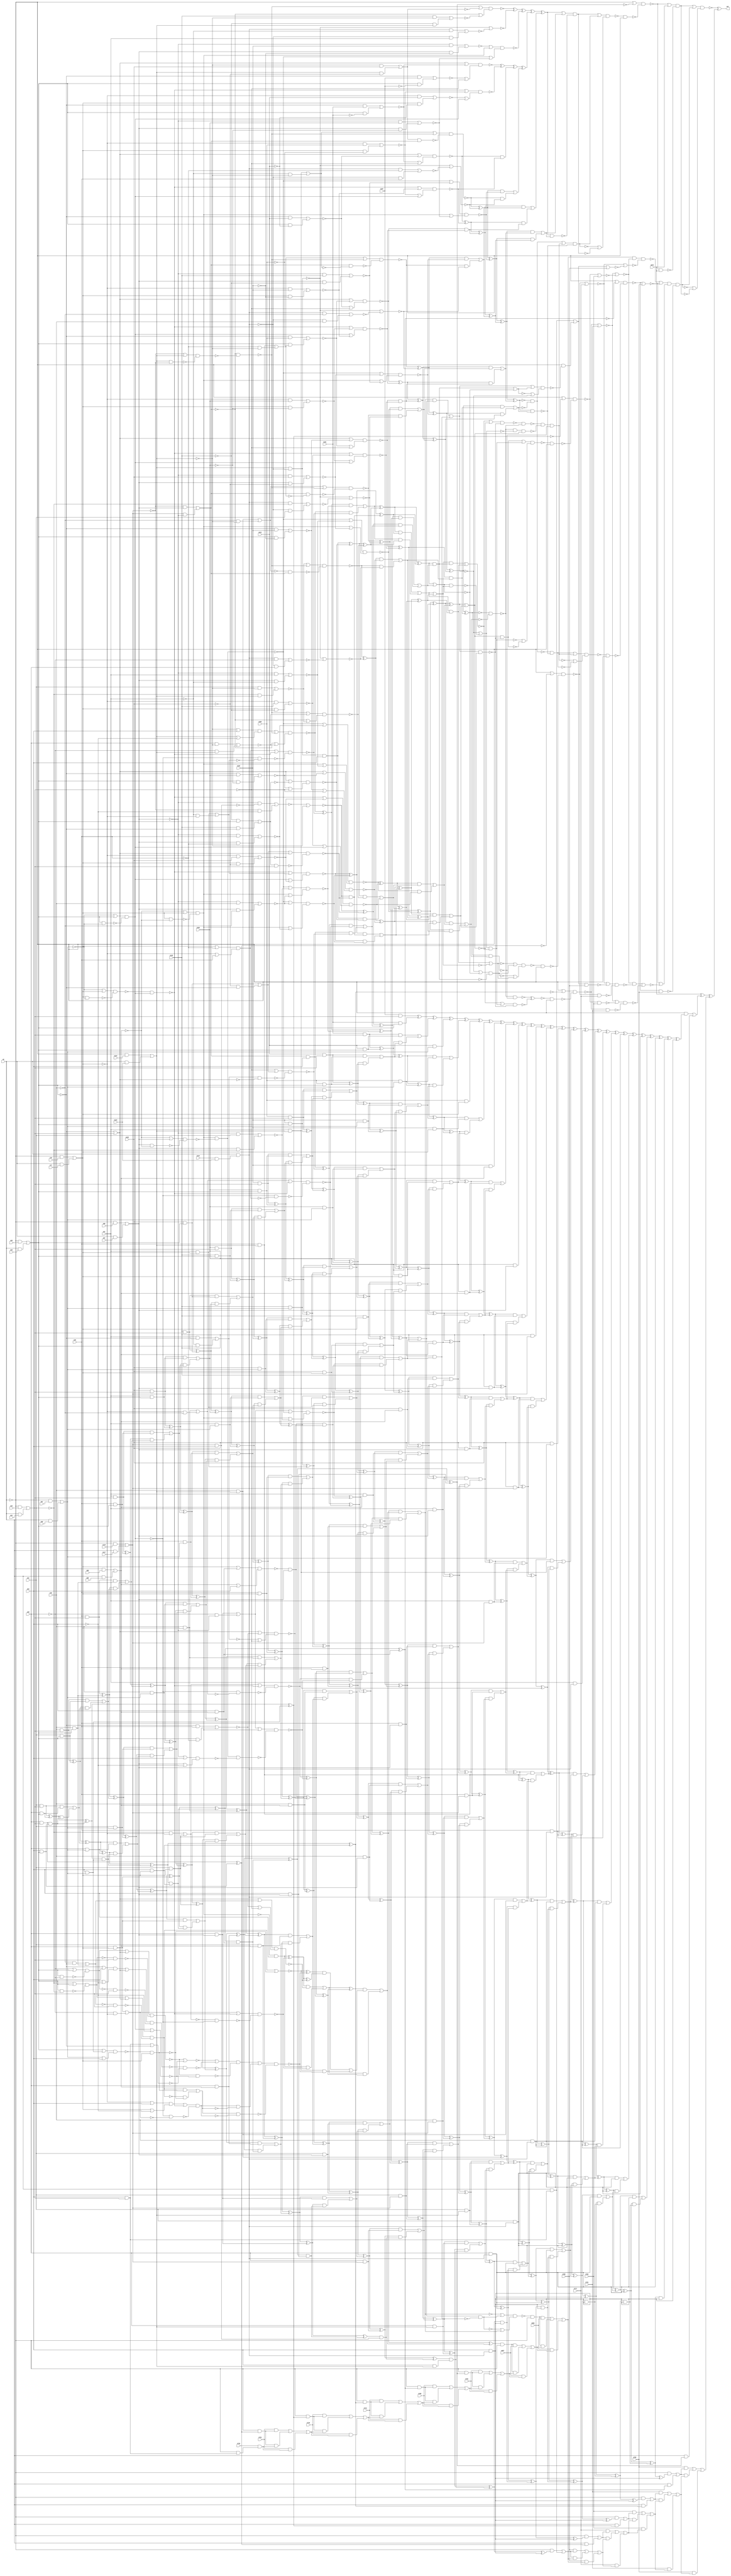
module top (out,n9,n21,n23,n24,n26,n28,n29,n34,n41
        ,n48,n54,n57,n58,n76,n77,n89,n90,n96,n97
        ,n116,n117,n123,n124,n129,n135,n144,n153,n168,n181
        ,n187,n206,n212,n672,n690,n697,n701,n706,n712,n718
        ,n724,n729,n751,n762,n777,n788,n799);
output out;
input n9;
input n21;
input n23;
input n24;
input n26;
input n28;
input n29;
input n34;
input n41;
input n48;
input n54;
input n57;
input n58;
input n76;
input n77;
input n89;
input n90;
input n96;
input n97;
input n116;
input n117;
input n123;
input n124;
input n129;
input n135;
input n144;
input n153;
input n168;
input n181;
input n187;
input n206;
input n212;
input n672;
input n690;
input n697;
input n701;
input n706;
input n712;
input n718;
input n724;
input n729;
input n751;
input n762;
input n777;
input n788;
input n799;
wire n0;
wire n1;
wire n2;
wire n3;
wire n4;
wire n5;
wire n6;
wire n7;
wire n8;
wire n10;
wire n11;
wire n12;
wire n13;
wire n14;
wire n15;
wire n16;
wire n17;
wire n18;
wire n19;
wire n20;
wire n22;
wire n25;
wire n27;
wire n30;
wire n31;
wire n32;
wire n33;
wire n35;
wire n36;
wire n37;
wire n38;
wire n39;
wire n40;
wire n42;
wire n43;
wire n44;
wire n45;
wire n46;
wire n47;
wire n49;
wire n50;
wire n51;
wire n52;
wire n53;
wire n55;
wire n56;
wire n59;
wire n60;
wire n61;
wire n62;
wire n63;
wire n64;
wire n65;
wire n66;
wire n67;
wire n68;
wire n69;
wire n70;
wire n71;
wire n72;
wire n73;
wire n74;
wire n75;
wire n78;
wire n79;
wire n80;
wire n81;
wire n82;
wire n83;
wire n84;
wire n85;
wire n86;
wire n87;
wire n88;
wire n91;
wire n92;
wire n93;
wire n94;
wire n95;
wire n98;
wire n99;
wire n100;
wire n101;
wire n102;
wire n103;
wire n104;
wire n105;
wire n106;
wire n107;
wire n108;
wire n109;
wire n110;
wire n111;
wire n112;
wire n113;
wire n114;
wire n115;
wire n118;
wire n119;
wire n120;
wire n121;
wire n122;
wire n125;
wire n126;
wire n127;
wire n128;
wire n130;
wire n131;
wire n132;
wire n133;
wire n134;
wire n136;
wire n137;
wire n138;
wire n139;
wire n140;
wire n141;
wire n143;
wire n145;
wire n146;
wire n147;
wire n148;
wire n149;
wire n150;
wire n151;
wire n152;
wire n154;
wire n155;
wire n156;
wire n157;
wire n158;
wire n159;
wire n160;
wire n161;
wire n162;
wire n163;
wire n164;
wire n165;
wire n166;
wire n167;
wire n169;
wire n170;
wire n171;
wire n172;
wire n173;
wire n174;
wire n175;
wire n176;
wire n177;
wire n178;
wire n179;
wire n180;
wire n182;
wire n183;
wire n184;
wire n185;
wire n186;
wire n188;
wire n189;
wire n190;
wire n191;
wire n192;
wire n193;
wire n194;
wire n195;
wire n196;
wire n197;
wire n198;
wire n199;
wire n200;
wire n201;
wire n202;
wire n203;
wire n204;
wire n205;
wire n207;
wire n208;
wire n209;
wire n210;
wire n211;
wire n213;
wire n214;
wire n215;
wire n216;
wire n217;
wire n218;
wire n219;
wire n220;
wire n221;
wire n222;
wire n223;
wire n224;
wire n225;
wire n226;
wire n227;
wire n228;
wire n229;
wire n230;
wire n231;
wire n232;
wire n233;
wire n234;
wire n235;
wire n236;
wire n237;
wire n238;
wire n239;
wire n240;
wire n241;
wire n242;
wire n243;
wire n244;
wire n245;
wire n246;
wire n247;
wire n248;
wire n249;
wire n250;
wire n251;
wire n252;
wire n253;
wire n254;
wire n255;
wire n256;
wire n257;
wire n258;
wire n259;
wire n260;
wire n261;
wire n262;
wire n263;
wire n264;
wire n265;
wire n266;
wire n267;
wire n268;
wire n269;
wire n270;
wire n271;
wire n272;
wire n273;
wire n274;
wire n275;
wire n276;
wire n277;
wire n278;
wire n279;
wire n280;
wire n281;
wire n282;
wire n283;
wire n284;
wire n285;
wire n286;
wire n287;
wire n288;
wire n289;
wire n290;
wire n291;
wire n292;
wire n293;
wire n294;
wire n295;
wire n296;
wire n297;
wire n298;
wire n299;
wire n300;
wire n301;
wire n302;
wire n303;
wire n304;
wire n305;
wire n306;
wire n307;
wire n308;
wire n309;
wire n310;
wire n311;
wire n312;
wire n313;
wire n314;
wire n315;
wire n316;
wire n317;
wire n318;
wire n319;
wire n320;
wire n321;
wire n322;
wire n323;
wire n324;
wire n325;
wire n326;
wire n327;
wire n328;
wire n329;
wire n330;
wire n331;
wire n332;
wire n333;
wire n334;
wire n335;
wire n336;
wire n337;
wire n338;
wire n339;
wire n340;
wire n341;
wire n342;
wire n343;
wire n344;
wire n345;
wire n346;
wire n347;
wire n348;
wire n349;
wire n350;
wire n351;
wire n352;
wire n353;
wire n354;
wire n355;
wire n356;
wire n357;
wire n358;
wire n359;
wire n360;
wire n361;
wire n362;
wire n363;
wire n364;
wire n365;
wire n366;
wire n367;
wire n368;
wire n369;
wire n370;
wire n371;
wire n372;
wire n373;
wire n374;
wire n375;
wire n376;
wire n377;
wire n378;
wire n379;
wire n380;
wire n381;
wire n382;
wire n383;
wire n384;
wire n385;
wire n386;
wire n387;
wire n388;
wire n389;
wire n390;
wire n391;
wire n392;
wire n393;
wire n394;
wire n395;
wire n396;
wire n397;
wire n398;
wire n399;
wire n400;
wire n401;
wire n402;
wire n403;
wire n404;
wire n405;
wire n406;
wire n407;
wire n408;
wire n409;
wire n410;
wire n411;
wire n412;
wire n413;
wire n414;
wire n415;
wire n416;
wire n417;
wire n418;
wire n419;
wire n420;
wire n421;
wire n422;
wire n423;
wire n424;
wire n425;
wire n426;
wire n427;
wire n428;
wire n429;
wire n430;
wire n431;
wire n432;
wire n433;
wire n434;
wire n435;
wire n436;
wire n437;
wire n438;
wire n439;
wire n440;
wire n441;
wire n442;
wire n443;
wire n444;
wire n445;
wire n446;
wire n447;
wire n448;
wire n449;
wire n450;
wire n451;
wire n452;
wire n453;
wire n454;
wire n455;
wire n456;
wire n457;
wire n458;
wire n459;
wire n460;
wire n461;
wire n462;
wire n463;
wire n464;
wire n465;
wire n466;
wire n467;
wire n468;
wire n469;
wire n470;
wire n471;
wire n472;
wire n473;
wire n474;
wire n475;
wire n476;
wire n477;
wire n478;
wire n479;
wire n480;
wire n481;
wire n482;
wire n483;
wire n484;
wire n485;
wire n486;
wire n487;
wire n488;
wire n489;
wire n490;
wire n491;
wire n492;
wire n493;
wire n494;
wire n495;
wire n496;
wire n497;
wire n498;
wire n499;
wire n500;
wire n501;
wire n502;
wire n503;
wire n504;
wire n505;
wire n506;
wire n507;
wire n508;
wire n509;
wire n510;
wire n511;
wire n512;
wire n513;
wire n514;
wire n515;
wire n516;
wire n517;
wire n518;
wire n519;
wire n520;
wire n521;
wire n522;
wire n523;
wire n524;
wire n525;
wire n526;
wire n527;
wire n528;
wire n529;
wire n530;
wire n531;
wire n532;
wire n533;
wire n534;
wire n535;
wire n536;
wire n537;
wire n538;
wire n539;
wire n540;
wire n541;
wire n542;
wire n543;
wire n544;
wire n545;
wire n546;
wire n547;
wire n548;
wire n549;
wire n550;
wire n551;
wire n552;
wire n553;
wire n554;
wire n555;
wire n556;
wire n557;
wire n558;
wire n559;
wire n560;
wire n561;
wire n562;
wire n563;
wire n564;
wire n565;
wire n566;
wire n567;
wire n568;
wire n569;
wire n570;
wire n571;
wire n572;
wire n573;
wire n574;
wire n575;
wire n576;
wire n577;
wire n578;
wire n579;
wire n580;
wire n581;
wire n582;
wire n583;
wire n584;
wire n585;
wire n586;
wire n587;
wire n588;
wire n589;
wire n590;
wire n591;
wire n592;
wire n593;
wire n594;
wire n595;
wire n596;
wire n597;
wire n598;
wire n599;
wire n600;
wire n601;
wire n602;
wire n603;
wire n604;
wire n605;
wire n606;
wire n607;
wire n608;
wire n609;
wire n610;
wire n611;
wire n612;
wire n613;
wire n614;
wire n615;
wire n616;
wire n617;
wire n618;
wire n619;
wire n620;
wire n621;
wire n622;
wire n623;
wire n624;
wire n625;
wire n626;
wire n627;
wire n628;
wire n629;
wire n630;
wire n631;
wire n632;
wire n633;
wire n634;
wire n635;
wire n636;
wire n637;
wire n638;
wire n639;
wire n640;
wire n641;
wire n642;
wire n643;
wire n644;
wire n645;
wire n646;
wire n647;
wire n648;
wire n649;
wire n650;
wire n651;
wire n652;
wire n653;
wire n654;
wire n655;
wire n656;
wire n657;
wire n658;
wire n659;
wire n660;
wire n661;
wire n662;
wire n663;
wire n664;
wire n665;
wire n666;
wire n667;
wire n668;
wire n669;
wire n670;
wire n671;
wire n673;
wire n674;
wire n675;
wire n676;
wire n677;
wire n678;
wire n679;
wire n680;
wire n681;
wire n682;
wire n683;
wire n684;
wire n685;
wire n686;
wire n687;
wire n688;
wire n689;
wire n691;
wire n692;
wire n693;
wire n694;
wire n695;
wire n696;
wire n698;
wire n699;
wire n700;
wire n702;
wire n703;
wire n704;
wire n705;
wire n707;
wire n708;
wire n709;
wire n710;
wire n711;
wire n713;
wire n714;
wire n715;
wire n716;
wire n717;
wire n719;
wire n720;
wire n721;
wire n722;
wire n723;
wire n725;
wire n726;
wire n727;
wire n728;
wire n730;
wire n731;
wire n732;
wire n733;
wire n734;
wire n735;
wire n736;
wire n737;
wire n738;
wire n739;
wire n740;
wire n741;
wire n742;
wire n743;
wire n744;
wire n745;
wire n746;
wire n747;
wire n748;
wire n749;
wire n750;
wire n752;
wire n753;
wire n754;
wire n755;
wire n756;
wire n757;
wire n758;
wire n759;
wire n760;
wire n761;
wire n763;
wire n764;
wire n765;
wire n766;
wire n767;
wire n768;
wire n769;
wire n770;
wire n771;
wire n772;
wire n773;
wire n774;
wire n775;
wire n776;
wire n778;
wire n779;
wire n780;
wire n781;
wire n782;
wire n783;
wire n784;
wire n785;
wire n786;
wire n787;
wire n789;
wire n790;
wire n791;
wire n792;
wire n793;
wire n794;
wire n795;
wire n796;
wire n797;
wire n798;
wire n800;
wire n801;
wire n802;
wire n803;
wire n804;
wire n805;
wire n806;
wire n807;
wire n808;
wire n809;
wire n810;
wire n811;
wire n812;
wire n813;
wire n814;
wire n815;
wire n816;
wire n817;
wire n818;
wire n819;
wire n820;
wire n821;
wire n822;
wire n823;
wire n824;
wire n825;
wire n826;
wire n827;
wire n828;
wire n829;
wire n830;
wire n831;
wire n832;
wire n833;
wire n834;
wire n835;
wire n836;
wire n837;
wire n838;
wire n839;
wire n840;
wire n841;
wire n842;
wire n843;
wire n844;
wire n845;
wire n846;
wire n847;
wire n848;
wire n849;
wire n850;
wire n851;
wire n852;
wire n853;
wire n854;
wire n855;
wire n856;
wire n857;
wire n858;
wire n859;
wire n860;
wire n861;
wire n862;
wire n863;
wire n864;
wire n865;
wire n866;
wire n867;
wire n868;
wire n869;
wire n870;
wire n871;
wire n872;
wire n873;
wire n874;
wire n875;
wire n876;
wire n877;
wire n878;
wire n879;
wire n880;
wire n881;
wire n882;
wire n883;
wire n884;
wire n885;
wire n886;
wire n887;
wire n888;
wire n889;
wire n890;
wire n891;
wire n892;
wire n893;
wire n894;
wire n895;
wire n896;
wire n897;
wire n898;
wire n899;
wire n900;
wire n901;
wire n902;
wire n903;
wire n904;
wire n905;
wire n906;
wire n907;
wire n908;
wire n909;
wire n910;
wire n911;
wire n912;
wire n913;
wire n914;
wire n915;
wire n916;
wire n917;
wire n918;
wire n919;
wire n920;
wire n921;
wire n922;
wire n923;
wire n924;
wire n925;
wire n926;
wire n927;
wire n928;
wire n929;
wire n930;
wire n931;
wire n932;
wire n933;
wire n934;
wire n935;
wire n936;
wire n937;
wire n938;
wire n939;
wire n940;
wire n941;
wire n942;
wire n943;
wire n944;
wire n945;
wire n946;
wire n947;
wire n948;
wire n949;
wire n950;
wire n951;
wire n952;
wire n953;
wire n954;
wire n955;
wire n956;
wire n957;
wire n958;
wire n959;
wire n960;
wire n961;
wire n962;
wire n963;
wire n964;
wire n965;
wire n966;
wire n967;
wire n968;
wire n969;
wire n970;
wire n971;
wire n972;
wire n973;
wire n974;
wire n975;
wire n976;
wire n977;
wire n978;
wire n979;
wire n980;
wire n981;
wire n982;
wire n983;
wire n984;
wire n985;
wire n986;
wire n987;
wire n988;
wire n989;
wire n990;
wire n991;
wire n992;
wire n993;
wire n994;
wire n995;
wire n996;
wire n997;
wire n998;
wire n999;
wire n1000;
wire n1001;
wire n1002;
wire n1003;
wire n1004;
wire n1005;
wire n1006;
wire n1007;
wire n1008;
wire n1009;
wire n1010;
wire n1011;
wire n1012;
wire n1013;
wire n1014;
wire n1015;
wire n1016;
wire n1017;
wire n1018;
wire n1019;
wire n1020;
wire n1021;
wire n1022;
wire n1023;
wire n1024;
wire n1025;
wire n1026;
wire n1027;
wire n1028;
wire n1029;
wire n1030;
wire n1031;
wire n1032;
wire n1033;
wire n1034;
wire n1035;
wire n1036;
wire n1037;
wire n1038;
wire n1039;
wire n1040;
wire n1041;
wire n1042;
wire n1043;
wire n1044;
wire n1045;
wire n1046;
wire n1047;
wire n1048;
wire n1049;
wire n1050;
wire n1051;
wire n1052;
wire n1053;
wire n1054;
wire n1055;
wire n1056;
wire n1057;
wire n1058;
wire n1059;
wire n1060;
wire n1061;
wire n1062;
wire n1063;
wire n1064;
wire n1065;
wire n1066;
wire n1067;
wire n1068;
wire n1069;
wire n1070;
wire n1071;
wire n1072;
wire n1073;
wire n1074;
wire n1075;
wire n1076;
wire n1077;
wire n1078;
wire n1079;
wire n1080;
wire n1081;
wire n1082;
wire n1083;
wire n1084;
wire n1085;
wire n1086;
wire n1087;
wire n1088;
wire n1089;
wire n1090;
wire n1091;
wire n1092;
wire n1093;
wire n1094;
wire n1095;
wire n1096;
wire n1097;
wire n1098;
wire n1099;
wire n1100;
wire n1101;
wire n1102;
wire n1103;
wire n1104;
wire n1105;
wire n1106;
wire n1107;
wire n1108;
wire n1109;
wire n1110;
wire n1111;
wire n1112;
wire n1113;
wire n1114;
wire n1115;
wire n1116;
wire n1117;
wire n1118;
wire n1119;
wire n1120;
wire n1121;
wire n1122;
wire n1123;
wire n1124;
wire n1125;
wire n1126;
wire n1127;
wire n1128;
wire n1129;
wire n1130;
wire n1131;
wire n1132;
wire n1133;
wire n1134;
wire n1135;
wire n1136;
wire n1137;
wire n1138;
wire n1139;
wire n1140;
wire n1141;
wire n1142;
wire n1143;
wire n1144;
wire n1145;
wire n1146;
wire n1147;
wire n1148;
wire n1149;
wire n1150;
wire n1151;
wire n1152;
wire n1153;
wire n1154;
wire n1155;
wire n1156;
wire n1157;
wire n1158;
wire n1159;
wire n1160;
wire n1161;
wire n1162;
wire n1163;
wire n1164;
wire n1165;
wire n1166;
wire n1167;
wire n1168;
wire n1169;
wire n1170;
wire n1171;
wire n1172;
wire n1173;
wire n1174;
wire n1175;
wire n1176;
wire n1177;
wire n1178;
wire n1179;
wire n1180;
wire n1181;
wire n1182;
wire n1183;
wire n1184;
wire n1185;
wire n1186;
wire n1187;
wire n1188;
wire n1189;
wire n1190;
wire n1191;
wire n1192;
wire n1193;
wire n1194;
wire n1195;
wire n1196;
wire n1197;
wire n1198;
wire n1199;
wire n1200;
wire n1201;
wire n1202;
wire n1203;
wire n1204;
wire n1205;
wire n1206;
wire n1207;
wire n1208;
wire n1209;
wire n1210;
wire n1211;
wire n1212;
wire n1213;
wire n1214;
wire n1215;
wire n1216;
wire n1217;
wire n1218;
wire n1219;
wire n1220;
wire n1221;
wire n1222;
wire n1223;
wire n1224;
wire n1225;
wire n1226;
wire n1227;
wire n1228;
wire n1229;
wire n1230;
wire n1231;
wire n1232;
xor (out,n0,n813);
nand (n0,n1,n812);
or (n1,n2,n674);
not (n2,n3);
nand (n3,n4,n673);
not (n4,n5);
nor (n5,n6,n672);
nand (n6,n7,n98);
or (n7,n8,n10);
not (n8,n9);
not (n10,n11);
xor (n11,n12,n94);
xor (n12,n13,n91);
xor (n13,n14,n87);
xor (n14,n15,n78);
xor (n15,n16,n74);
xor (n16,n17,n59);
xor (n17,n18,n55);
xor (n18,n19,n30);
xor (n19,n20,n25);
and (n20,n21,n22);
wire s0n22,s1n22,notn22;
or (n22,s0n22,s1n22);
not(notn22,n9);
and (s0n22,notn22,n23);
and (s1n22,n9,n24);
and (n25,n26,n27);
wire s0n27,s1n27,notn27;
or (n27,s0n27,s1n27);
not(notn27,n9);
and (s0n27,notn27,n28);
and (s1n27,n9,n29);
or (n30,n31,n35);
and (n31,n32,n33);
and (n32,n26,n22);
and (n33,n34,n27);
and (n35,n36,n37);
xor (n36,n32,n33);
or (n37,n38,n42);
and (n38,n39,n40);
and (n39,n34,n22);
and (n40,n41,n27);
and (n42,n43,n44);
xor (n43,n39,n40);
or (n44,n45,n49);
and (n45,n46,n47);
and (n46,n41,n22);
and (n47,n48,n27);
and (n49,n50,n51);
xor (n50,n46,n47);
and (n51,n52,n53);
and (n52,n48,n22);
and (n53,n54,n27);
and (n55,n34,n56);
wire s0n56,s1n56,notn56;
or (n56,s0n56,s1n56);
not(notn56,n9);
and (s0n56,notn56,n57);
and (s1n56,n9,n58);
or (n59,n60,n63);
and (n60,n61,n62);
xor (n61,n36,n37);
and (n62,n41,n56);
and (n63,n64,n65);
xor (n64,n61,n62);
or (n65,n66,n69);
and (n66,n67,n68);
xor (n67,n43,n44);
and (n68,n48,n56);
and (n69,n70,n71);
xor (n70,n67,n68);
and (n71,n72,n73);
xor (n72,n50,n51);
and (n73,n54,n56);
and (n74,n41,n75);
wire s0n75,s1n75,notn75;
or (n75,s0n75,s1n75);
not(notn75,n9);
and (s0n75,notn75,n76);
and (s1n75,n9,n77);
or (n78,n79,n82);
and (n79,n80,n81);
xor (n80,n64,n65);
and (n81,n48,n75);
and (n82,n83,n84);
xor (n83,n80,n81);
and (n84,n85,n86);
xor (n85,n70,n71);
and (n86,n54,n75);
and (n87,n48,n88);
wire s0n88,s1n88,notn88;
or (n88,s0n88,s1n88);
not(notn88,n9);
and (s0n88,notn88,n89);
and (s1n88,n9,n90);
and (n91,n92,n93);
xor (n92,n83,n84);
and (n93,n54,n88);
and (n94,n54,n95);
wire s0n95,s1n95,notn95;
or (n95,s0n95,s1n95);
not(notn95,n9);
and (s0n95,notn95,n96);
and (s1n95,n9,n97);
nand (n98,n99,n8);
nand (n99,n100,n671);
or (n100,n101,n339);
not (n101,n102);
nand (n102,n103,n338);
not (n103,n104);
nor (n104,n105,n292);
xor (n105,n106,n252);
xor (n106,n107,n171);
xor (n107,n108,n149);
xor (n108,n109,n138);
nand (n109,n110,n132);
or (n110,n111,n126);
nand (n111,n112,n120);
nor (n112,n113,n118);
and (n113,n114,n95);
not (n114,n115);
wire s0n115,s1n115,notn115;
or (n115,s0n115,s1n115);
not(notn115,n9);
and (s0n115,notn115,n116);
and (s1n115,n9,n117);
and (n118,n115,n119);
not (n119,n95);
nand (n120,n121,n125);
or (n121,n114,n122);
wire s0n122,s1n122,notn122;
or (n122,s0n122,s1n122);
not(notn122,n9);
and (s0n122,notn122,n123);
and (s1n122,n9,n124);
nand (n125,n122,n114);
nor (n126,n127,n130);
and (n127,n128,n129);
not (n128,n122);
and (n130,n122,n131);
not (n131,n129);
or (n132,n112,n133);
nor (n133,n134,n136);
and (n134,n135,n128);
and (n136,n137,n122);
not (n137,n135);
nor (n138,n139,n145);
nand (n139,n122,n140);
not (n140,n141);
wire s0n141,s1n141,notn141;
or (n141,s0n141,s1n141);
not(notn141,n9);
and (s0n141,notn141,1'b0);
and (s1n141,n9,n143);
and (n143,n144,n124);
nor (n145,n146,n148);
and (n146,n141,n147);
not (n147,n21);
and (n148,n140,n21);
nand (n149,n150,n161);
or (n150,n151,n156);
nor (n151,n152,n154);
and (n152,n119,n153);
and (n154,n95,n155);
not (n155,n153);
not (n156,n157);
nand (n157,n158,n160);
or (n158,n159,n75);
not (n159,n88);
nand (n160,n75,n159);
or (n161,n162,n166);
nand (n162,n156,n163);
nand (n163,n164,n165);
or (n164,n159,n95);
nand (n165,n95,n159);
nor (n166,n167,n169);
and (n167,n119,n168);
and (n169,n95,n170);
not (n170,n168);
xor (n171,n172,n228);
xor (n172,n173,n215);
xor (n173,n174,n191);
nand (n174,n175,n184);
or (n175,n176,n179);
not (n176,n177);
nor (n177,n178,n22);
not (n178,n27);
nor (n179,n180,n182);
and (n180,n178,n181);
and (n182,n27,n183);
not (n183,n181);
or (n184,n185,n190);
nor (n185,n186,n188);
and (n186,n178,n187);
and (n188,n27,n189);
not (n189,n187);
not (n190,n22);
nand (n191,n192,n209);
or (n192,n193,n203);
not (n193,n194);
and (n194,n195,n199);
nand (n195,n196,n198);
or (n196,n197,n75);
not (n197,n56);
nand (n198,n75,n197);
not (n199,n200);
nand (n200,n201,n202);
or (n201,n197,n27);
nand (n202,n27,n197);
nor (n203,n204,n207);
and (n204,n205,n206);
not (n205,n75);
and (n207,n75,n208);
not (n208,n206);
or (n209,n210,n199);
nor (n210,n211,n213);
and (n211,n205,n212);
and (n213,n75,n214);
not (n214,n212);
and (n215,n216,n222);
nand (n216,n217,n221);
or (n217,n176,n218);
nor (n218,n219,n220);
and (n219,n178,n212);
and (n220,n27,n214);
or (n221,n179,n190);
nand (n222,n223,n227);
or (n223,n193,n224);
nor (n224,n225,n226);
and (n225,n205,n153);
and (n226,n75,n155);
or (n227,n203,n199);
or (n228,n229,n251);
and (n229,n230,n245);
xor (n230,n231,n240);
nand (n231,n232,n237);
or (n232,n233,n111);
not (n233,n234);
nor (n234,n235,n236);
and (n235,n21,n122);
and (n236,n147,n128);
nand (n237,n238,n239);
not (n238,n126);
not (n239,n112);
nor (n240,n139,n241);
nor (n241,n242,n244);
and (n242,n141,n243);
not (n243,n26);
and (n244,n140,n26);
nand (n245,n246,n250);
or (n246,n162,n247);
nor (n247,n248,n249);
and (n248,n119,n135);
and (n249,n95,n137);
or (n250,n156,n166);
and (n251,n231,n240);
or (n252,n253,n291);
and (n253,n254,n269);
xor (n254,n255,n256);
xor (n255,n216,n222);
and (n256,n257,n263);
nand (n257,n258,n262);
or (n258,n176,n259);
nor (n259,n260,n261);
and (n260,n178,n206);
and (n261,n27,n208);
or (n262,n218,n190);
nand (n263,n264,n268);
or (n264,n193,n265);
nor (n265,n266,n267);
and (n266,n205,n168);
and (n267,n75,n170);
or (n268,n199,n224);
or (n269,n270,n290);
and (n270,n271,n284);
xor (n271,n272,n279);
nand (n272,n273,n278);
or (n273,n274,n111);
not (n274,n275);
nor (n275,n276,n277);
and (n276,n26,n122);
and (n277,n243,n128);
nand (n278,n239,n234);
nor (n279,n139,n280);
nor (n280,n281,n283);
and (n281,n141,n282);
not (n282,n34);
and (n283,n140,n34);
nand (n284,n285,n289);
or (n285,n162,n286);
nor (n286,n287,n288);
and (n287,n119,n129);
and (n288,n95,n131);
or (n289,n156,n247);
and (n290,n272,n279);
and (n291,n255,n256);
or (n292,n293,n337);
and (n293,n294,n297);
xor (n294,n295,n296);
xor (n295,n230,n245);
xor (n296,n254,n269);
or (n297,n298,n336);
and (n298,n299,n314);
xor (n299,n300,n301);
xor (n300,n257,n263);
and (n301,n302,n308);
nand (n302,n303,n307);
or (n303,n176,n304);
nor (n304,n305,n306);
and (n305,n178,n153);
and (n306,n27,n155);
or (n307,n259,n190);
nand (n308,n309,n313);
or (n309,n193,n310);
nor (n310,n311,n312);
and (n311,n205,n135);
and (n312,n75,n137);
or (n313,n265,n199);
or (n314,n315,n335);
and (n315,n316,n329);
xor (n316,n317,n324);
nand (n317,n318,n323);
or (n318,n319,n111);
not (n319,n320);
nor (n320,n321,n322);
and (n321,n34,n122);
and (n322,n282,n128);
nand (n323,n239,n275);
nor (n324,n139,n325);
nor (n325,n326,n328);
and (n326,n141,n327);
not (n327,n41);
and (n328,n140,n41);
nand (n329,n330,n334);
or (n330,n162,n331);
nor (n331,n332,n333);
and (n332,n119,n21);
and (n333,n95,n147);
or (n334,n156,n286);
and (n335,n317,n324);
and (n336,n300,n301);
and (n337,n295,n296);
nand (n338,n105,n292);
not (n339,n340);
nand (n340,n341,n670);
or (n341,n342,n376);
not (n342,n343);
nand (n343,n344,n346);
not (n344,n345);
xor (n345,n294,n297);
not (n346,n347);
or (n347,n348,n375);
and (n348,n349,n352);
xor (n349,n350,n351);
xor (n350,n271,n284);
xor (n351,n299,n314);
and (n352,n353,n354);
xor (n353,n302,n308);
or (n354,n355,n374);
and (n355,n356,n368);
xor (n356,n357,n363);
nand (n357,n358,n362);
or (n358,n359,n111);
nor (n359,n360,n361);
and (n360,n41,n128);
and (n361,n327,n122);
nand (n362,n320,n239);
nor (n363,n139,n364);
nor (n364,n365,n367);
and (n365,n141,n366);
not (n366,n48);
and (n367,n140,n48);
nand (n368,n369,n373);
or (n369,n176,n370);
nor (n370,n371,n372);
and (n371,n178,n168);
and (n372,n27,n170);
or (n373,n304,n190);
and (n374,n357,n363);
and (n375,n350,n351);
not (n376,n377);
nand (n377,n378,n530,n669);
nand (n378,n379,n523);
nand (n379,n380,n522);
or (n380,n381,n511);
nor (n381,n382,n510);
and (n382,n383,n482);
not (n383,n384);
nor (n384,n385,n465);
or (n385,n386,n464);
and (n386,n387,n435);
xor (n387,n388,n422);
or (n388,n389,n421);
and (n389,n390,n412);
xor (n390,n391,n402);
nand (n391,n392,n398);
or (n392,n393,n111);
not (n393,n394);
nand (n394,n395,n396);
or (n395,n128,n54);
or (n396,n122,n397);
not (n397,n54);
or (n398,n112,n399);
nor (n399,n400,n401);
and (n400,n48,n128);
and (n401,n366,n122);
nand (n402,n403,n408);
or (n403,n404,n193);
not (n404,n405);
nand (n405,n406,n407);
or (n406,n75,n243);
or (n407,n205,n26);
nand (n408,n200,n409);
nor (n409,n410,n411);
and (n410,n21,n75);
and (n411,n147,n205);
nand (n412,n413,n417);
or (n413,n162,n414);
nor (n414,n415,n416);
and (n415,n119,n41);
and (n416,n95,n327);
or (n417,n156,n418);
nor (n418,n419,n420);
and (n419,n119,n34);
and (n420,n95,n282);
and (n421,n391,n402);
xor (n422,n423,n432);
xor (n423,n424,n426);
and (n424,n425,n54);
not (n425,n139);
nand (n426,n427,n431);
or (n427,n176,n428);
nor (n428,n429,n430);
and (n429,n137,n27);
and (n430,n135,n178);
or (n431,n370,n190);
nand (n432,n433,n434);
or (n433,n111,n399);
or (n434,n112,n359);
xor (n435,n436,n450);
xor (n436,n437,n444);
nand (n437,n438,n440);
or (n438,n193,n439);
not (n439,n409);
or (n440,n199,n441);
nor (n441,n442,n443);
and (n442,n205,n129);
and (n443,n75,n131);
nand (n444,n445,n446);
or (n445,n162,n418);
or (n446,n156,n447);
nor (n447,n448,n449);
and (n448,n119,n26);
and (n449,n95,n243);
and (n450,n451,n456);
nor (n451,n452,n128);
nor (n452,n453,n455);
and (n453,n119,n454);
nand (n454,n115,n54);
and (n455,n114,n397);
nand (n456,n457,n462);
or (n457,n458,n176);
not (n458,n459);
nor (n459,n460,n461);
and (n460,n129,n27);
and (n461,n131,n178);
nand (n462,n463,n22);
not (n463,n428);
and (n464,n388,n422);
xor (n465,n466,n471);
xor (n466,n467,n468);
xor (n467,n356,n368);
or (n468,n469,n470);
and (n469,n436,n450);
and (n470,n437,n444);
xor (n471,n472,n479);
xor (n472,n473,n476);
nand (n473,n474,n475);
or (n474,n162,n447);
or (n475,n156,n331);
nand (n476,n477,n478);
or (n477,n193,n441);
or (n478,n310,n199);
or (n479,n480,n481);
and (n480,n423,n432);
and (n481,n424,n426);
not (n482,n483);
nand (n483,n484,n485);
xor (n484,n387,n435);
or (n485,n486,n509);
and (n486,n487,n508);
xor (n487,n488,n489);
xor (n488,n451,n456);
or (n489,n490,n507);
and (n490,n491,n500);
xor (n491,n492,n493);
and (n492,n239,n54);
nand (n493,n494,n495);
or (n494,n190,n458);
nand (n495,n496,n177);
not (n496,n497);
nor (n497,n498,n499);
and (n498,n21,n178);
and (n499,n147,n27);
nand (n500,n501,n506);
or (n501,n502,n193);
not (n502,n503);
nor (n503,n504,n505);
and (n504,n34,n75);
and (n505,n205,n282);
nand (n506,n200,n405);
and (n507,n492,n493);
xor (n508,n390,n412);
and (n509,n488,n489);
and (n510,n385,n465);
nor (n511,n512,n519);
xor (n512,n513,n516);
xor (n513,n514,n515);
xor (n514,n316,n329);
xor (n515,n353,n354);
or (n516,n517,n518);
and (n517,n472,n479);
and (n518,n473,n476);
or (n519,n520,n521);
and (n520,n466,n471);
and (n521,n467,n468);
nand (n522,n512,n519);
nand (n523,n524,n526);
not (n524,n525);
xor (n525,n349,n352);
not (n526,n527);
or (n527,n528,n529);
and (n528,n513,n516);
and (n529,n514,n515);
nand (n530,n523,n531,n668);
nor (n531,n532,n665);
nor (n532,n533,n663);
and (n533,n534,n658);
or (n534,n535,n657);
and (n535,n536,n576);
xor (n536,n537,n569);
or (n537,n538,n568);
and (n538,n539,n557);
xor (n539,n540,n546);
nand (n540,n541,n545);
or (n541,n542,n193);
not (n542,n543);
nor (n543,n544,n74);
and (n544,n327,n205);
nand (n545,n200,n503);
nand (n546,n547,n552);
or (n547,n548,n156);
not (n548,n549);
nor (n549,n550,n551);
and (n550,n48,n95);
and (n551,n366,n119);
nand (n552,n553,n554);
not (n553,n162);
nand (n554,n555,n556);
or (n555,n119,n54);
or (n556,n95,n397);
xor (n557,n558,n562);
and (n558,n559,n95);
nand (n559,n560,n561);
or (n560,n75,n93);
or (n561,n88,n54);
nand (n562,n563,n567);
or (n563,n176,n564);
nor (n564,n565,n566);
and (n565,n178,n26);
and (n566,n27,n243);
or (n567,n497,n190);
and (n568,n540,n546);
xor (n569,n570,n575);
xor (n570,n571,n574);
nand (n571,n572,n573);
or (n572,n548,n162);
or (n573,n156,n414);
and (n574,n558,n562);
xor (n575,n491,n500);
or (n576,n577,n656);
and (n577,n578,n597);
xor (n578,n579,n596);
or (n579,n580,n595);
and (n580,n581,n589);
xor (n581,n582,n583);
and (n582,n157,n54);
nand (n583,n584,n588);
or (n584,n585,n193);
not (n585,n586);
nor (n586,n81,n587);
and (n587,n366,n205);
nand (n588,n543,n200);
nand (n589,n590,n594);
or (n590,n176,n591);
not (n591,n592);
nor (n592,n593,n33);
and (n593,n282,n178);
or (n594,n564,n190);
and (n595,n582,n583);
xor (n596,n539,n557);
or (n597,n598,n655);
and (n598,n599,n654);
xor (n599,n600,n613);
nor (n600,n601,n609);
not (n601,n602);
nand (n602,n603,n608);
or (n603,n604,n176);
not (n604,n605);
nand (n605,n606,n607);
or (n606,n327,n27);
nand (n607,n27,n327);
nand (n608,n592,n22);
nand (n609,n610,n75);
nand (n610,n611,n612);
or (n611,n27,n73);
or (n612,n56,n54);
nand (n613,n614,n652);
or (n614,n615,n638);
not (n615,n616);
nand (n616,n617,n637);
or (n617,n618,n627);
nor (n618,n619,n626);
nand (n619,n620,n625);
or (n620,n621,n176);
not (n621,n622);
nand (n622,n623,n624);
or (n623,n366,n27);
nand (n624,n27,n366);
nand (n625,n605,n22);
nor (n626,n199,n397);
nand (n627,n628,n635);
nand (n628,n629,n634);
or (n629,n630,n176);
not (n630,n631);
nand (n631,n632,n633);
or (n632,n178,n54);
or (n633,n27,n397);
nand (n634,n622,n22);
nor (n635,n636,n178);
and (n636,n54,n22);
nand (n637,n619,n626);
not (n638,n639);
nand (n639,n640,n648);
not (n640,n641);
nand (n641,n642,n647);
or (n642,n643,n193);
not (n643,n644);
nand (n644,n645,n646);
or (n645,n205,n54);
or (n646,n75,n397);
nand (n647,n200,n586);
nor (n648,n649,n651);
and (n649,n601,n650);
not (n650,n609);
and (n651,n602,n609);
nand (n652,n653,n641);
not (n653,n648);
xor (n654,n581,n589);
and (n655,n600,n613);
and (n656,n579,n596);
and (n657,n537,n569);
or (n658,n659,n660);
xor (n659,n487,n508);
or (n660,n661,n662);
and (n661,n570,n575);
and (n662,n571,n574);
not (n663,n664);
nand (n664,n659,n660);
nand (n665,n666,n383);
not (n666,n667);
nor (n667,n484,n485);
not (n668,n511);
nand (n669,n525,n527);
nand (n670,n345,n347);
or (n671,n340,n102);
nand (n673,n6,n672);
not (n674,n675);
nand (n675,n676,n800,n811);
or (n676,n677,n789);
nand (n677,n678,n738,n763);
not (n678,n679);
not (n679,n680);
or (n680,n681,n691,n737);
not (n681,n682);
nand (n682,n683,n690);
and (n683,n684,n8);
nand (n684,n685,n689);
or (n685,n686,n687);
not (n686,n534);
not (n687,n688);
nand (n688,n658,n664);
or (n689,n688,n534);
and (n691,n683,n692);
or (n692,n693,n698,n736);
not (n693,n694);
nand (n694,n695,n697);
and (n695,n696,n8);
xor (n696,n536,n576);
and (n698,n695,n699);
or (n699,n700,n703,n735);
and (n700,n701,n702);
wire s0n702,s1n702,notn702;
or (n702,s0n702,s1n702);
not(notn702,n9);
and (s0n702,notn702,n11);
and (s1n702,n9,1'b0);
and (n703,n702,n704);
or (n704,n705,n709,n734);
and (n705,n706,n707);
wire s0n707,s1n707,notn707;
or (n707,s0n707,s1n707);
not(notn707,n9);
and (s0n707,notn707,n708);
and (s1n707,n9,1'b0);
xor (n708,n92,n93);
and (n709,n707,n710);
or (n710,n711,n715,n733);
and (n711,n712,n713);
wire s0n713,s1n713,notn713;
or (n713,s0n713,s1n713);
not(notn713,n9);
and (s0n713,notn713,n714);
and (s1n713,n9,1'b0);
xor (n714,n85,n86);
and (n715,n713,n716);
or (n716,n717,n721,n732);
and (n717,n718,n719);
wire s0n719,s1n719,notn719;
or (n719,s0n719,s1n719);
not(notn719,n9);
and (s0n719,notn719,n720);
and (s1n719,n9,1'b0);
xor (n720,n72,n73);
and (n721,n719,n722);
or (n722,n723,n727,n731);
and (n723,n724,n725);
wire s0n725,s1n725,notn725;
or (n725,s0n725,s1n725);
not(notn725,n9);
and (s0n725,notn725,n726);
and (s1n725,n9,1'b0);
xor (n726,n52,n53);
and (n727,n725,n728);
and (n728,n729,n730);
wire s0n730,s1n730,notn730;
or (n730,s0n730,s1n730);
not(notn730,n9);
and (s0n730,notn730,n636);
and (s1n730,n9,1'b0);
and (n731,n724,n728);
and (n732,n718,n722);
and (n733,n712,n716);
and (n734,n706,n710);
and (n735,n701,n704);
and (n736,n697,n699);
and (n737,n690,n692);
nor (n738,n739,n752);
nor (n739,n740,n751);
nand (n740,n741,n743);
or (n741,n8,n742);
not (n742,n714);
nand (n743,n744,n8);
xnor (n744,n745,n746);
nand (n745,n523,n669);
nand (n746,n747,n522);
or (n747,n511,n748);
not (n748,n749);
nand (n749,n750,n381);
not (n750,n531);
nor (n752,n753,n762);
nand (n753,n754,n756);
or (n754,n8,n755);
not (n755,n720);
nand (n756,n757,n8);
nand (n757,n758,n761);
or (n758,n759,n748);
not (n759,n760);
nand (n760,n668,n522);
or (n761,n749,n760);
nor (n763,n764,n778);
nor (n764,n765,n777);
nand (n765,n766,n768);
or (n766,n8,n767);
not (n767,n726);
nand (n768,n769,n8);
nand (n769,n770,n776);
or (n770,n771,n773);
not (n771,n772);
or (n772,n510,n384);
not (n773,n774);
nand (n774,n775,n483);
or (n775,n532,n667);
or (n776,n774,n772);
nor (n778,n779,n788);
or (n779,n780,n781);
and (n780,n9,n636);
and (n781,n8,n782);
nand (n782,n783,n787);
or (n783,n784,n785);
not (n784,n532);
not (n785,n786);
nor (n786,n482,n667);
or (n787,n786,n532);
nor (n789,n790,n799);
nand (n790,n791,n793);
or (n791,n8,n792);
not (n792,n708);
nand (n793,n794,n8);
nand (n794,n795,n798);
or (n795,n796,n376);
not (n796,n797);
nand (n797,n343,n670);
or (n798,n377,n797);
or (n800,n789,n801);
nor (n801,n802,n807);
and (n802,n738,n803);
nand (n803,n804,n806);
or (n804,n764,n805);
nand (n805,n779,n788);
nand (n806,n765,n777);
nand (n807,n808,n810);
or (n808,n739,n809);
nand (n809,n753,n762);
nand (n810,n740,n751);
nand (n811,n790,n799);
or (n812,n675,n3);
xor (n813,n814,n1203);
xor (n814,n672,n815);
wire s0n815,s1n815,notn815;
or (n815,s0n815,s1n815);
not(notn815,n9);
and (s0n815,notn815,n816);
and (s1n815,n9,n11);
xor (n816,n817,n1164);
xor (n817,n818,n1201);
xor (n818,n819,n1159);
xor (n819,n820,n1194);
xor (n820,n821,n1153);
xor (n821,n822,n1182);
xor (n822,n823,n1147);
xor (n823,n824,n1165);
xor (n824,n825,n1141);
xor (n825,n826,n1138);
xor (n826,n827,n1137);
xor (n827,n828,n1107);
xor (n828,n829,n1106);
xor (n829,n830,n1067);
xor (n830,n831,n1066);
xor (n831,n832,n1024);
xor (n832,n833,n1023);
xor (n833,n834,n978);
xor (n834,n835,n977);
xor (n835,n836,n934);
xor (n836,n837,n933);
xor (n837,n838,n888);
xor (n838,n839,n887);
xor (n839,n840,n843);
xor (n840,n841,n842);
and (n841,n187,n22);
and (n842,n181,n27);
or (n843,n844,n847);
and (n844,n845,n846);
and (n845,n181,n22);
and (n846,n212,n27);
and (n847,n848,n849);
xor (n848,n845,n846);
or (n849,n850,n853);
and (n850,n851,n852);
and (n851,n212,n22);
and (n852,n206,n27);
and (n853,n854,n855);
xor (n854,n851,n852);
or (n855,n856,n859);
and (n856,n857,n858);
and (n857,n206,n22);
and (n858,n153,n27);
and (n859,n860,n861);
xor (n860,n857,n858);
or (n861,n862,n865);
and (n862,n863,n864);
and (n863,n153,n22);
and (n864,n168,n27);
and (n865,n866,n867);
xor (n866,n863,n864);
or (n867,n868,n871);
and (n868,n869,n870);
and (n869,n168,n22);
and (n870,n135,n27);
and (n871,n872,n873);
xor (n872,n869,n870);
or (n873,n874,n876);
and (n874,n875,n460);
and (n875,n135,n22);
and (n876,n877,n878);
xor (n877,n875,n460);
or (n878,n879,n882);
and (n879,n880,n881);
and (n880,n129,n22);
and (n881,n21,n27);
and (n882,n883,n884);
xor (n883,n880,n881);
or (n884,n885,n886);
and (n885,n20,n25);
and (n886,n19,n30);
and (n887,n212,n56);
or (n888,n889,n892);
and (n889,n890,n891);
xor (n890,n848,n849);
and (n891,n206,n56);
and (n892,n893,n894);
xor (n893,n890,n891);
or (n894,n895,n898);
and (n895,n896,n897);
xor (n896,n854,n855);
and (n897,n153,n56);
and (n898,n899,n900);
xor (n899,n896,n897);
or (n900,n901,n904);
and (n901,n902,n903);
xor (n902,n860,n861);
and (n903,n168,n56);
and (n904,n905,n906);
xor (n905,n902,n903);
or (n906,n907,n910);
and (n907,n908,n909);
xor (n908,n866,n867);
and (n909,n135,n56);
and (n910,n911,n912);
xor (n911,n908,n909);
or (n912,n913,n916);
and (n913,n914,n915);
xor (n914,n872,n873);
and (n915,n129,n56);
and (n916,n917,n918);
xor (n917,n914,n915);
or (n918,n919,n922);
and (n919,n920,n921);
xor (n920,n877,n878);
and (n921,n21,n56);
and (n922,n923,n924);
xor (n923,n920,n921);
or (n924,n925,n928);
and (n925,n926,n927);
xor (n926,n883,n884);
and (n927,n26,n56);
and (n928,n929,n930);
xor (n929,n926,n927);
or (n930,n931,n932);
and (n931,n18,n55);
and (n932,n17,n59);
and (n933,n206,n75);
or (n934,n935,n938);
and (n935,n936,n937);
xor (n936,n893,n894);
and (n937,n153,n75);
and (n938,n939,n940);
xor (n939,n936,n937);
or (n940,n941,n944);
and (n941,n942,n943);
xor (n942,n899,n900);
and (n943,n168,n75);
and (n944,n945,n946);
xor (n945,n942,n943);
or (n946,n947,n950);
and (n947,n948,n949);
xor (n948,n905,n906);
and (n949,n135,n75);
and (n950,n951,n952);
xor (n951,n948,n949);
or (n952,n953,n956);
and (n953,n954,n955);
xor (n954,n911,n912);
and (n955,n129,n75);
and (n956,n957,n958);
xor (n957,n954,n955);
or (n958,n959,n961);
and (n959,n960,n410);
xor (n960,n917,n918);
and (n961,n962,n963);
xor (n962,n960,n410);
or (n963,n964,n967);
and (n964,n965,n966);
xor (n965,n923,n924);
and (n966,n26,n75);
and (n967,n968,n969);
xor (n968,n965,n966);
or (n969,n970,n972);
and (n970,n971,n504);
xor (n971,n929,n930);
and (n972,n973,n974);
xor (n973,n971,n504);
or (n974,n975,n976);
and (n975,n16,n74);
and (n976,n15,n78);
and (n977,n153,n88);
or (n978,n979,n982);
and (n979,n980,n981);
xor (n980,n939,n940);
and (n981,n168,n88);
and (n982,n983,n984);
xor (n983,n980,n981);
or (n984,n985,n988);
and (n985,n986,n987);
xor (n986,n945,n946);
and (n987,n135,n88);
and (n988,n989,n990);
xor (n989,n986,n987);
or (n990,n991,n994);
and (n991,n992,n993);
xor (n992,n951,n952);
and (n993,n129,n88);
and (n994,n995,n996);
xor (n995,n992,n993);
or (n996,n997,n1000);
and (n997,n998,n999);
xor (n998,n957,n958);
and (n999,n21,n88);
and (n1000,n1001,n1002);
xor (n1001,n998,n999);
or (n1002,n1003,n1006);
and (n1003,n1004,n1005);
xor (n1004,n962,n963);
and (n1005,n26,n88);
and (n1006,n1007,n1008);
xor (n1007,n1004,n1005);
or (n1008,n1009,n1012);
and (n1009,n1010,n1011);
xor (n1010,n968,n969);
and (n1011,n34,n88);
and (n1012,n1013,n1014);
xor (n1013,n1010,n1011);
or (n1014,n1015,n1018);
and (n1015,n1016,n1017);
xor (n1016,n973,n974);
and (n1017,n41,n88);
and (n1018,n1019,n1020);
xor (n1019,n1016,n1017);
or (n1020,n1021,n1022);
and (n1021,n14,n87);
and (n1022,n13,n91);
and (n1023,n168,n95);
or (n1024,n1025,n1028);
and (n1025,n1026,n1027);
xor (n1026,n983,n984);
and (n1027,n135,n95);
and (n1028,n1029,n1030);
xor (n1029,n1026,n1027);
or (n1030,n1031,n1034);
and (n1031,n1032,n1033);
xor (n1032,n989,n990);
and (n1033,n129,n95);
and (n1034,n1035,n1036);
xor (n1035,n1032,n1033);
or (n1036,n1037,n1040);
and (n1037,n1038,n1039);
xor (n1038,n995,n996);
and (n1039,n21,n95);
and (n1040,n1041,n1042);
xor (n1041,n1038,n1039);
or (n1042,n1043,n1046);
and (n1043,n1044,n1045);
xor (n1044,n1001,n1002);
and (n1045,n26,n95);
and (n1046,n1047,n1048);
xor (n1047,n1044,n1045);
or (n1048,n1049,n1052);
and (n1049,n1050,n1051);
xor (n1050,n1007,n1008);
and (n1051,n34,n95);
and (n1052,n1053,n1054);
xor (n1053,n1050,n1051);
or (n1054,n1055,n1058);
and (n1055,n1056,n1057);
xor (n1056,n1013,n1014);
and (n1057,n41,n95);
and (n1058,n1059,n1060);
xor (n1059,n1056,n1057);
or (n1060,n1061,n1063);
and (n1061,n1062,n550);
xor (n1062,n1019,n1020);
and (n1063,n1064,n1065);
xor (n1064,n1062,n550);
and (n1065,n12,n94);
and (n1066,n135,n115);
or (n1067,n1068,n1071);
and (n1068,n1069,n1070);
xor (n1069,n1029,n1030);
and (n1070,n129,n115);
and (n1071,n1072,n1073);
xor (n1072,n1069,n1070);
or (n1073,n1074,n1077);
and (n1074,n1075,n1076);
xor (n1075,n1035,n1036);
and (n1076,n21,n115);
and (n1077,n1078,n1079);
xor (n1078,n1075,n1076);
or (n1079,n1080,n1083);
and (n1080,n1081,n1082);
xor (n1081,n1041,n1042);
and (n1082,n26,n115);
and (n1083,n1084,n1085);
xor (n1084,n1081,n1082);
or (n1085,n1086,n1089);
and (n1086,n1087,n1088);
xor (n1087,n1047,n1048);
and (n1088,n34,n115);
and (n1089,n1090,n1091);
xor (n1090,n1087,n1088);
or (n1091,n1092,n1095);
and (n1092,n1093,n1094);
xor (n1093,n1053,n1054);
and (n1094,n41,n115);
and (n1095,n1096,n1097);
xor (n1096,n1093,n1094);
or (n1097,n1098,n1101);
and (n1098,n1099,n1100);
xor (n1099,n1059,n1060);
and (n1100,n48,n115);
and (n1101,n1102,n1103);
xor (n1102,n1099,n1100);
and (n1103,n1104,n1105);
xor (n1104,n1064,n1065);
not (n1105,n454);
and (n1106,n129,n122);
or (n1107,n1108,n1110);
and (n1108,n1109,n235);
xor (n1109,n1072,n1073);
and (n1110,n1111,n1112);
xor (n1111,n1109,n235);
or (n1112,n1113,n1115);
and (n1113,n1114,n276);
xor (n1114,n1078,n1079);
and (n1115,n1116,n1117);
xor (n1116,n1114,n276);
or (n1117,n1118,n1120);
and (n1118,n1119,n321);
xor (n1119,n1084,n1085);
and (n1120,n1121,n1122);
xor (n1121,n1119,n321);
or (n1122,n1123,n1126);
and (n1123,n1124,n1125);
xor (n1124,n1090,n1091);
and (n1125,n41,n122);
and (n1126,n1127,n1128);
xor (n1127,n1124,n1125);
or (n1128,n1129,n1132);
and (n1129,n1130,n1131);
xor (n1130,n1096,n1097);
and (n1131,n48,n122);
and (n1132,n1133,n1134);
xor (n1133,n1130,n1131);
and (n1134,n1135,n1136);
xor (n1135,n1102,n1103);
and (n1136,n54,n122);
and (n1137,n21,n141);
or (n1138,n1139,n1142);
and (n1139,n1140,n1141);
xor (n1140,n1111,n1112);
and (n1141,n26,n141);
and (n1142,n1143,n1144);
xor (n1143,n1140,n1141);
or (n1144,n1145,n1148);
and (n1145,n1146,n1147);
xor (n1146,n1116,n1117);
and (n1147,n34,n141);
and (n1148,n1149,n1150);
xor (n1149,n1146,n1147);
or (n1150,n1151,n1154);
and (n1151,n1152,n1153);
xor (n1152,n1121,n1122);
and (n1153,n41,n141);
and (n1154,n1155,n1156);
xor (n1155,n1152,n1153);
or (n1156,n1157,n1160);
and (n1157,n1158,n1159);
xor (n1158,n1127,n1128);
and (n1159,n48,n141);
and (n1160,n1161,n1162);
xor (n1161,n1158,n1159);
and (n1162,n1163,n1164);
xor (n1163,n1133,n1134);
and (n1164,n54,n141);
or (n1165,n1166,n1168);
and (n1166,n1167,n1147);
xor (n1167,n1143,n1144);
and (n1168,n1169,n1170);
xor (n1169,n1167,n1147);
or (n1170,n1171,n1173);
and (n1171,n1172,n1153);
xor (n1172,n1149,n1150);
and (n1173,n1174,n1175);
xor (n1174,n1172,n1153);
or (n1175,n1176,n1178);
and (n1176,n1177,n1159);
xor (n1177,n1155,n1156);
and (n1178,n1179,n1180);
xor (n1179,n1177,n1159);
and (n1180,n1181,n1164);
xor (n1181,n1161,n1162);
or (n1182,n1183,n1185);
and (n1183,n1184,n1153);
xor (n1184,n1169,n1170);
and (n1185,n1186,n1187);
xor (n1186,n1184,n1153);
or (n1187,n1188,n1190);
and (n1188,n1189,n1159);
xor (n1189,n1174,n1175);
and (n1190,n1191,n1192);
xor (n1191,n1189,n1159);
and (n1192,n1193,n1164);
xor (n1193,n1179,n1180);
or (n1194,n1195,n1197);
and (n1195,n1196,n1159);
xor (n1196,n1186,n1187);
and (n1197,n1198,n1199);
xor (n1198,n1196,n1159);
and (n1199,n1200,n1164);
xor (n1200,n1191,n1192);
and (n1201,n1202,n1164);
xor (n1202,n1198,n1199);
or (n1203,n1204,n1207,n1232);
and (n1204,n799,n1205);
wire s0n1205,s1n1205,notn1205;
or (n1205,s0n1205,s1n1205);
not(notn1205,n9);
and (s0n1205,notn1205,n1206);
and (s1n1205,n9,n708);
xor (n1206,n1202,n1164);
and (n1207,n1205,n1208);
or (n1208,n1209,n1212,n1231);
and (n1209,n751,n1210);
wire s0n1210,s1n1210,notn1210;
or (n1210,s0n1210,s1n1210);
not(notn1210,n9);
and (s0n1210,notn1210,n1211);
and (s1n1210,n9,n714);
xor (n1211,n1200,n1164);
and (n1212,n1210,n1213);
or (n1213,n1214,n1217,n1230);
and (n1214,n762,n1215);
wire s0n1215,s1n1215,notn1215;
or (n1215,s0n1215,s1n1215);
not(notn1215,n9);
and (s0n1215,notn1215,n1216);
and (s1n1215,n9,n720);
xor (n1216,n1193,n1164);
and (n1217,n1215,n1218);
or (n1218,n1219,n1222,n1229);
and (n1219,n777,n1220);
wire s0n1220,s1n1220,notn1220;
or (n1220,s0n1220,s1n1220);
not(notn1220,n9);
and (s0n1220,notn1220,n1221);
and (s1n1220,n9,n726);
xor (n1221,n1181,n1164);
and (n1222,n1220,n1223);
or (n1223,n1224,n1227,n1228);
and (n1224,n788,n1225);
wire s0n1225,s1n1225,notn1225;
or (n1225,s0n1225,s1n1225);
not(notn1225,n9);
and (s0n1225,notn1225,n1226);
and (s1n1225,n9,n636);
xor (n1226,n1163,n1164);
and (n1227,n1225,n680);
and (n1228,n788,n680);
and (n1229,n777,n1223);
and (n1230,n762,n1218);
and (n1231,n751,n1213);
and (n1232,n799,n1208);
endmodule